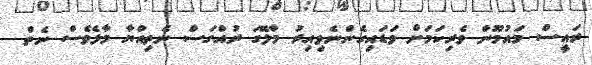
ރައީސް މައުމޫން ވެރިކަމަށް ވަޑައިގެންނެވިއިރު މާލޭގަ ރުއްގަސް ނެތިއްޔާ މާލެވެސް ނެތް